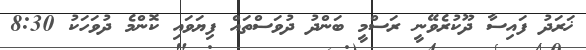
ޚަރަދު ފައިސާ ދޫކުރެވޭނީ ރަސްމީ ބަންދު ދުވަސްތައް ފިޔަވައި ކޮންމެ ދުވަހަކު 8:30